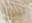
ليس